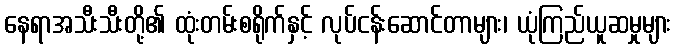
နေရာအသီးသီးတို့၏ ထုံးတမ်းစရိုက်နှင့် လုပ်ငန်းဆောင်တာများ၊ ယုံကြည်ယူဆမှုများ